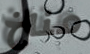
مناخ